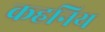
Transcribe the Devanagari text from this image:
कहनिय